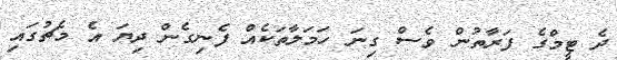
ދެ ޓީމްގެ ފަރާތުން ވެސް ގިނަ ހަމަލާތަކެއް ފެނިގެން ދިޔަ އެ މެޗުގައި